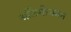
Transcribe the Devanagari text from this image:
अलिंगीजनन